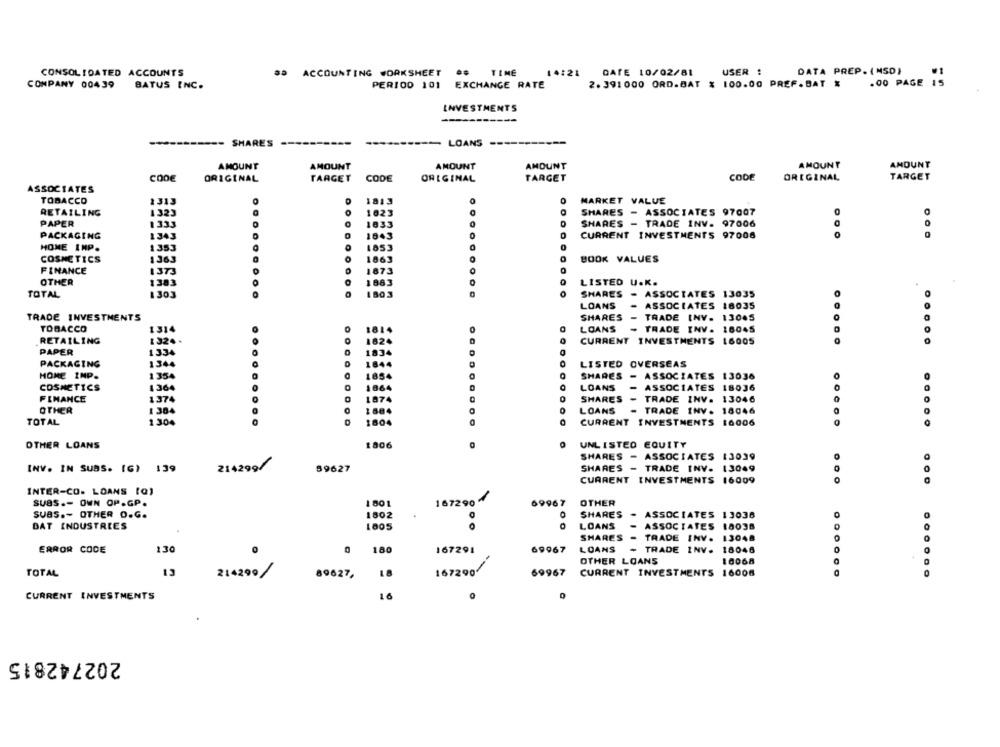
CONSOLIDATED ACCOUNTS
ACCOUNTING WORKSHEET
TIME
14:21
DATE 10/02/81
USER :
DATA PREP. (NSD)
2.391 000 ORD.BAT % 100.00 PREF.BAT X
.00 PAGE
COMPANY 00439
BATUS INC.
PERIOD 101
EXCHANGE RATE
INVESTMENTS
---- SHARES
LOANS
AMOUNT
AMOUNT
AMOUNT
AMOUNT
AMOUNT
AMOUNT
CODE
ORIGINAL
TARGET
CODE
ORIGINAL
TARGET
CODE
ORIGINAL
TARGET
ASSOCIATES
TOBACCO
1313
1813
MARKET VALUE
RETAILING
1323
1023
SHARES - ASSOCIATES 97007
PAPER
1333
1833
0
SHARES - TRADE INV. 97006
0
PACKAGING
1343
1843
0
CURRENT INVESTMENTS 97008
0
HOME INP.
1353
1853
COSMETICS
1363
1863
BOOK VALUES
FINANCE
1373
1873
OTHER
1383
1883
LISTED U.K.
TOTAL
1803
SHARES - ASSOCIATES 13035
LOANS
ASSOCIATES 18035
TRADE INVESTMENTS
SHARES -
TRADE INV. 13045
TOBACCO
1314
1814
LOANS
- TRADE INV. 16045
RETAILING
132. .
1824
CURRENT INVESTMENTS 16005
.....
PAPER
1334
1834
PACKAGING
1344
1844
LISTED OVERSEAS
HOME INP.
1354
1854
SHARES - ASSOCIATES 13036
COSMETICS
1364
1864
LOANS
- ASSOCIATES 18036
FINANCE
1374
1874
SHARES
- TRADE INV. 13046
...
OTHER
1 304
LOANS
- TRADE INV. 18046
TOTAL
1.304
1804
CURRENT INVESTMENTS 16006
OTHER LOANS
1806
UNLISTED EQUITY
SHARES - ASSOCIATES 13039
INV. IN SUBS. [G) 139
214299/
89627
SHARES - TRADE INV- 13049
CURRENT INVESTMENTS 16009
INTER-CO. LOANS [Q)
SUBS .- OWN OP.GP.
1801
167290
69967
OTHER
suas .- OTHER O.G.
1802
SHARES
- ASSOCIATES 13036
BAT INDUSTRIES
LOANS
ASSOCIATES 10038
SHARES
- TRADE INV.
13048
ERROR CODE
130
180
167291
69967
LOANS
- TRADE INV.
18046
OTHER LOANS
10068
TOTAL
13
214290/
89627,
167290
69967
CURRENT INVESTMENTS
16006
......
..... .
CURRENT INVESTMENTS
16
0
202742815